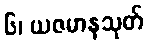
၆၊ ယဇမာနသုတ်